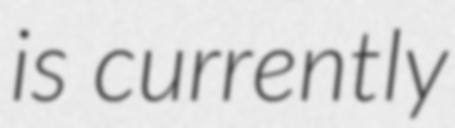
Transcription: is currently